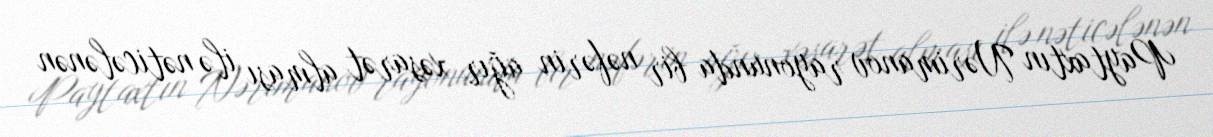
Paytaxtın Nərimanov rayonunda bir nəfərin ağır xəsarət alması ilə nəticələnən